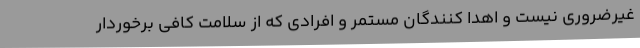
غیرضروری نیست و اهدا کنندگان مستمر و افرادی که از سلامت کافی برخوردار